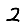
Digit: 2